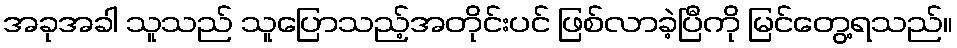
အခုအခါ သူသည် သူပြောသည့်အတိုင်းပင် ဖြစ်လာခဲ့ပြီကို မြင်တွေ့ရသည်။